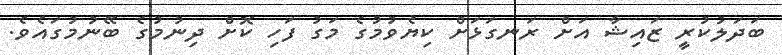
ބަދަލުކުރިީ ޒައިޝާ އަށް ރަނގަޅަށް ކިޔެވުުމުގެ މަގު ފަހި ކޮށްް ދިނުމުުގެ ބޭނުމުގައެވެ.